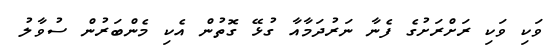
ވަކި ވަކި ރަށްރަށުގެ ފެނާ ނަރުދަމާއާ ގުޅޭ ގޮތުން އެކި މެންބަރުން ސުވާލު